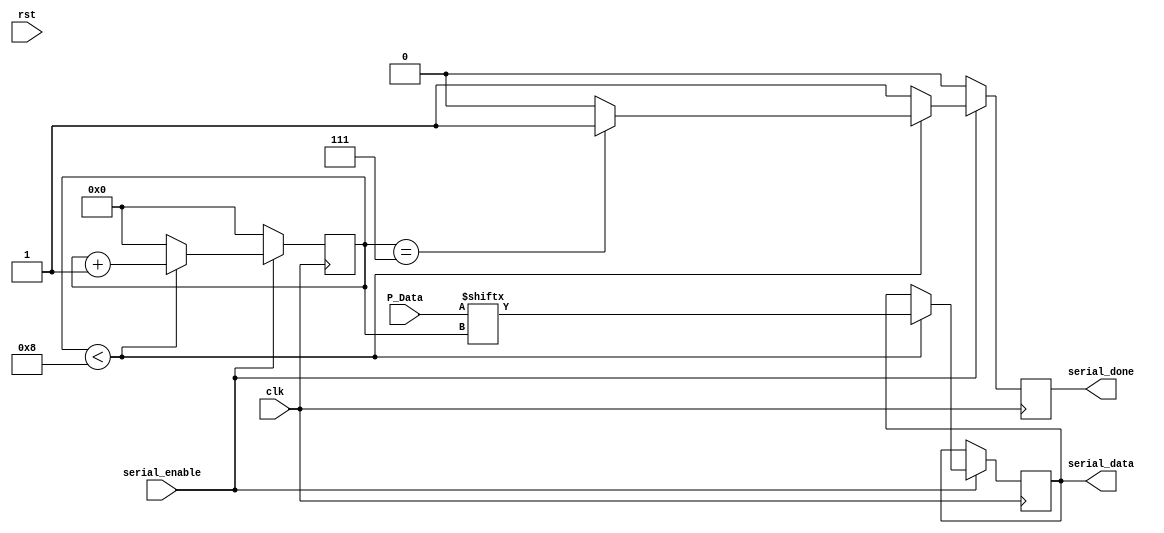
module serializer (
    input  [7:0]     P_Data,
    input            serial_enable,
    input            clk,
    input            rst,
    output   reg     serial_done,
    output   reg     serial_data
);
reg [7:0] counter;

always @(posedge clk )
    begin
        
        if (serial_enable) 
            begin
                if (counter < 'd8) 
                    begin
                       if (counter == 'd7) begin
                        serial_done <='d1;
                       end else begin
                        serial_done <='d0;
                       end
                       counter     <= counter +'d1;
                       serial_data <= P_Data[counter]; 
                       
                    end 
                else 
                    begin
                       counter     <= 'd0;
                       serial_done <= 'd1; 
                    end
            end 
        else 
            begin
                serial_done <= 'd0;
                counter     <= 'd0;
            end
    end        
endmodule